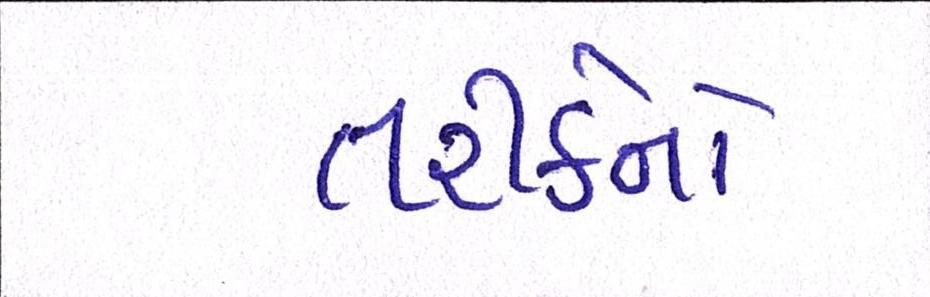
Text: તરીકેનો